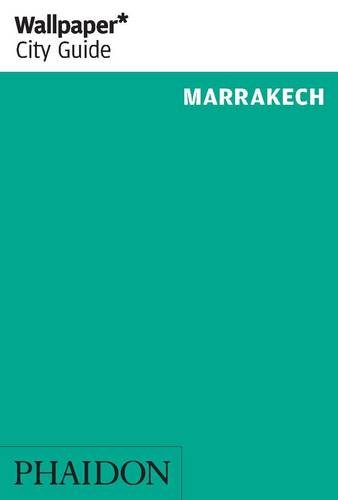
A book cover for Wallpaper* City Guide Marrakech 2014 (Wallpaper City Guides); Wallpaper*; Travel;